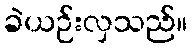
ခဲယဉ်းလှသည်။